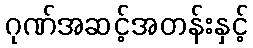
ဂုဏ်အဆင့်အတန်းနှင့်